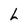
Character: L